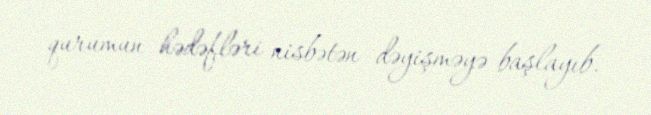
qurumun hədəfləri nisbətən dəyişməyə başlayıb.